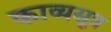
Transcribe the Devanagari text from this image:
काव्यसूत्र